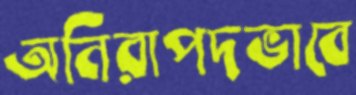
অনিরাপদভাবে